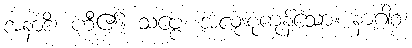
အနာဒိ၊ ဟီ၏။ သဗ္ဗေ၊ အလုံးစုံကုန်သော။ နာဂါစ၊